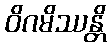
ဝိဂမိဿန္တိ